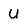
Character: u